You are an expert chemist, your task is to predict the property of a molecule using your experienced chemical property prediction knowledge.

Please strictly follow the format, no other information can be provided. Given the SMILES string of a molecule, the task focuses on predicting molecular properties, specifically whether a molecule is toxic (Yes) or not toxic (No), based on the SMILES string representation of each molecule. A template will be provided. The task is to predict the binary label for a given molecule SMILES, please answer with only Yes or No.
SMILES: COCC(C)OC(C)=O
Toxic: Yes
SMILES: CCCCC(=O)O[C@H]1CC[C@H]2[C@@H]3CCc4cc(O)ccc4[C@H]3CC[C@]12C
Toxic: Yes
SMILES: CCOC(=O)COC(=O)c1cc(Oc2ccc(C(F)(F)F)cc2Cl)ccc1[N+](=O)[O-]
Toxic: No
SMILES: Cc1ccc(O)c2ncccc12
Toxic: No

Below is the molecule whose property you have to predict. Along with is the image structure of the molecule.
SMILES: CCCCCCC(C)O
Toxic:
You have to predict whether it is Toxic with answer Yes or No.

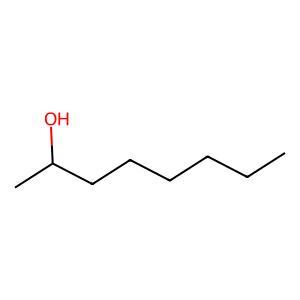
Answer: No